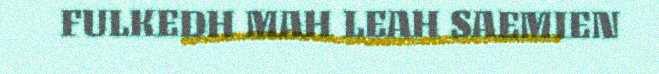
FULKEDH MAH LEAH SAEMIEN